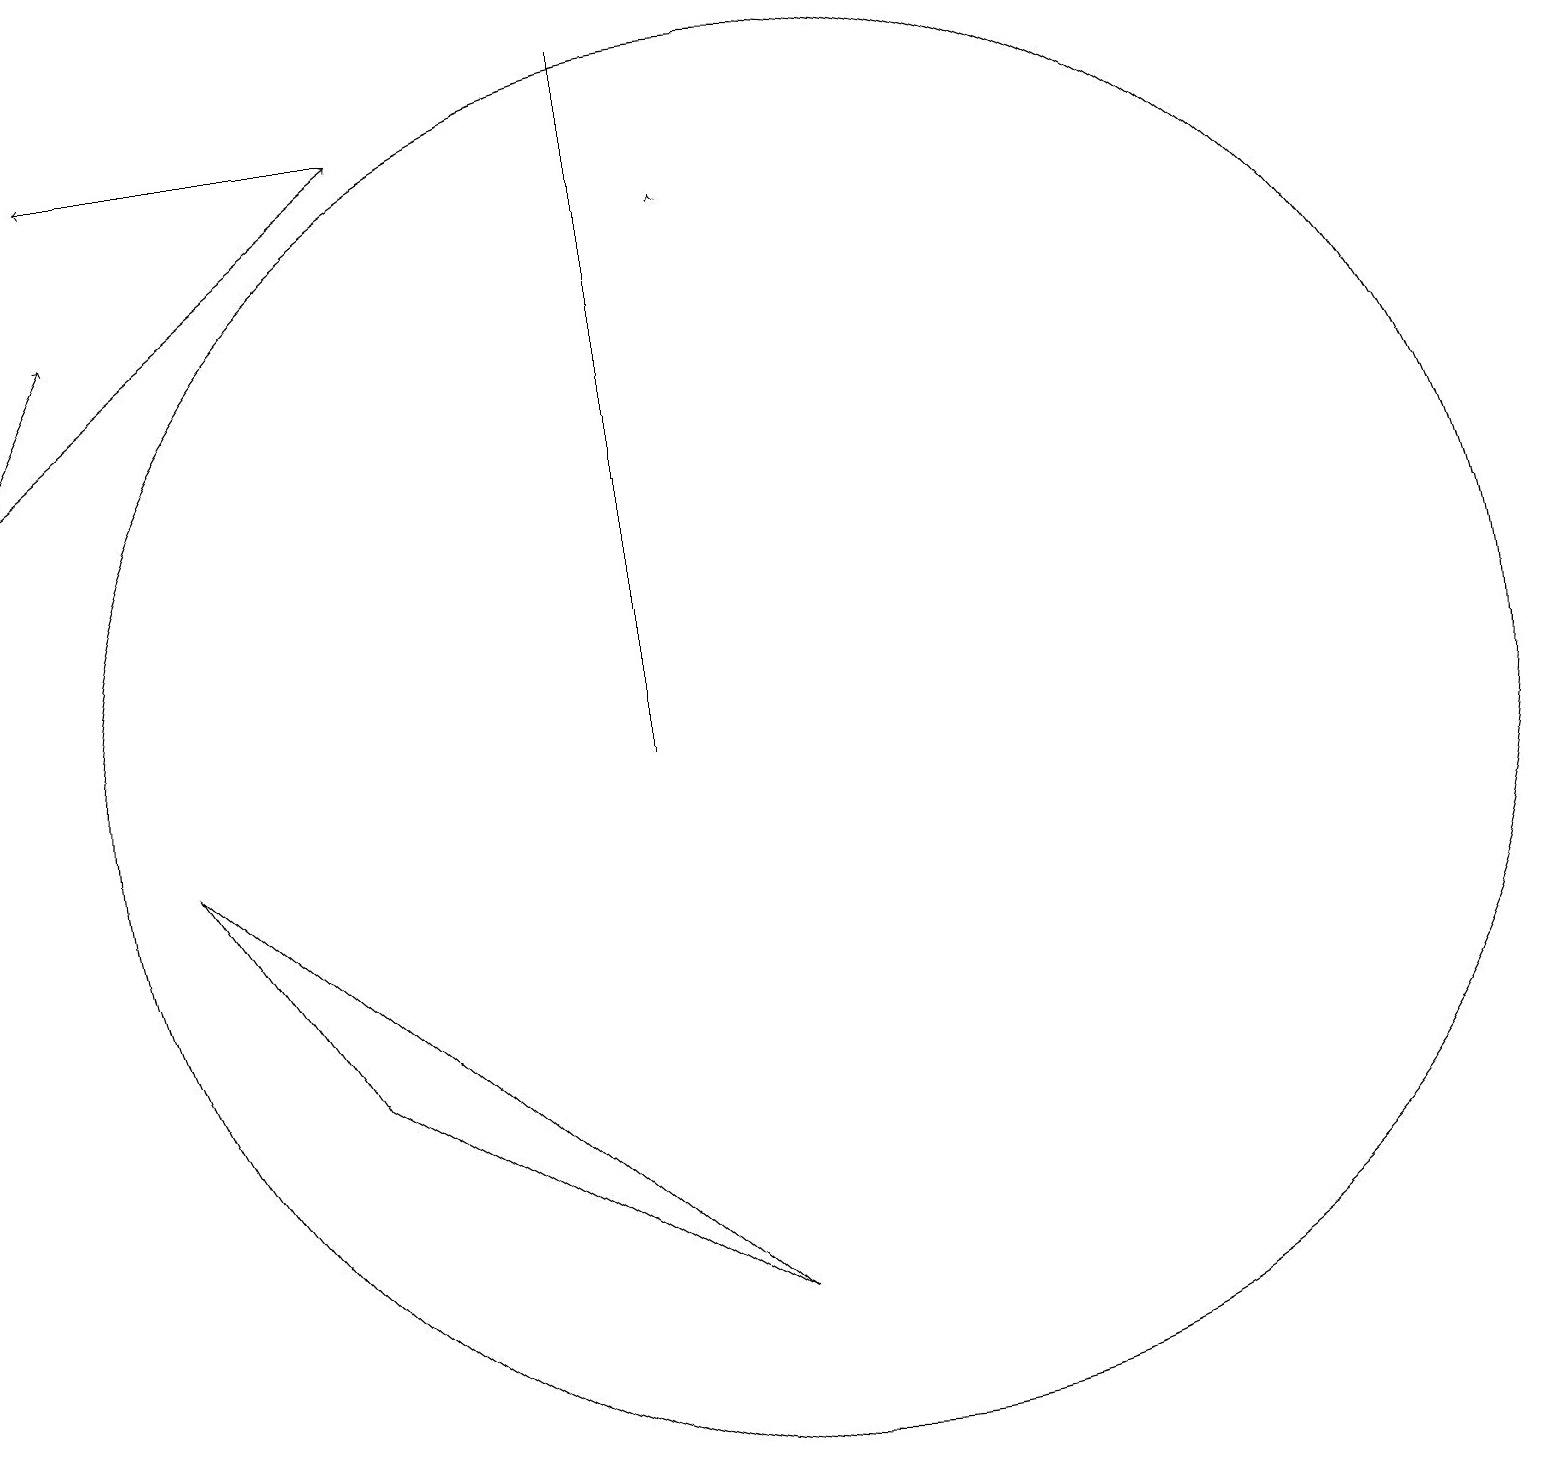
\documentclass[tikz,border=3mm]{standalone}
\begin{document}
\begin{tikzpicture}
\draw[->] (0,14) -- (5,18);
\draw (9,3) -- (4,6) -- (2,9) -- cycle;
\draw[->] (9,17) -- (9,17);
\draw (10,10) circle (0);
\draw[->] (5,18) -- (1,18);
\draw (10,10) circle (9);
\draw[->] (0,14) -- (1,16);
\draw (8,19) rectangle (8,10);
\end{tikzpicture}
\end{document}